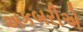
અકબરીએ